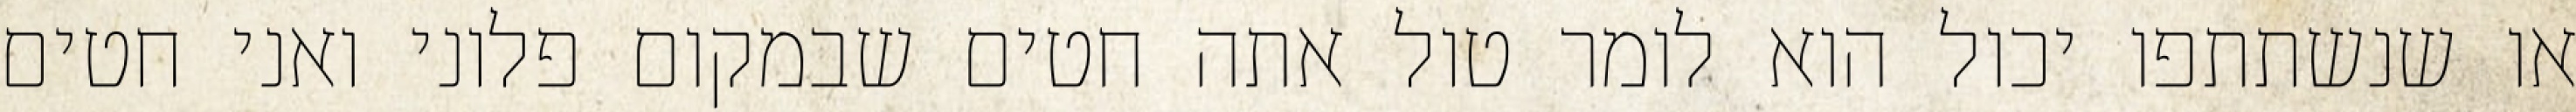
או שנשתתפו יכול הוא לומר טול אתה חטים שבמקום פלוני ואני חטים